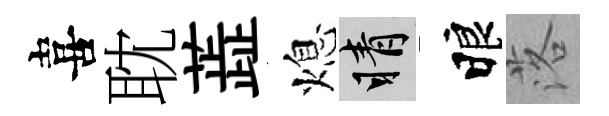
喜耽蕋熄睛睱落